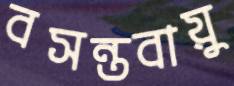
বসন্তবায়ু